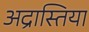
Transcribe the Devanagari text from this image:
अद्रास्तिया